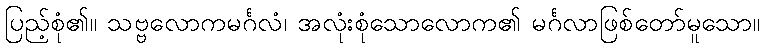
ပြည့်စုံ၏။ သဗ္ဗလောကမင်္ဂလံ၊ အလုံးစုံသောလောက၏ မင်္ဂလာဖြစ်တော်မူသော။